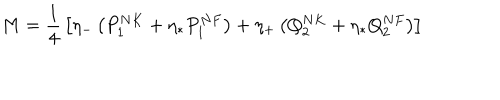
M = { \frac { 1 } { 4 } } \left[ \eta _ { - } \left( P _ { 1 } ^ { N K } + \eta _ { * } P _ { 1 } ^ { N F } \right) + \eta _ { + } \left( Q _ { 2 } ^ { N K } + \eta _ { * } Q _ { 2 } ^ { N F } \right) \right]